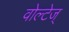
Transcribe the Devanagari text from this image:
वोल्टेज्